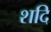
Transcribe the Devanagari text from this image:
शदि